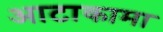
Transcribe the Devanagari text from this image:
आटाकामा